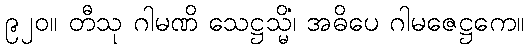
၉၂၀။ တီသု ဂါမဏိ သေဋ္ဌသ္မိံ၊ အဓိပေ ဂါမဇေဋ္ဌကေ။